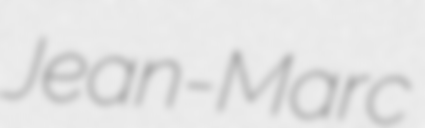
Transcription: Jean-Marc